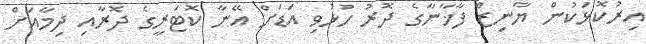
އިރުކޮޅަކުން ޔާނިޒް ފާޚާނާގެ ދޮރު ހުޅުވި އަޑަށް އޭނާ ކޮޓަރީގެ ދޮރާއި ދިމާއަށް